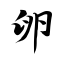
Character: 卵